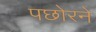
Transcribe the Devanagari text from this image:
पछोरने